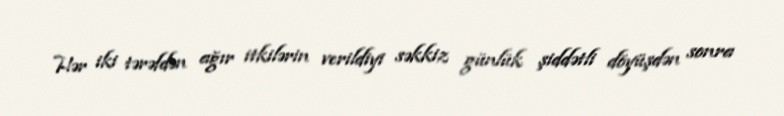
Hər iki tərəfdən ağır itkilərin verildiyi səkkiz günlük şiddətli döyüşdən sonra